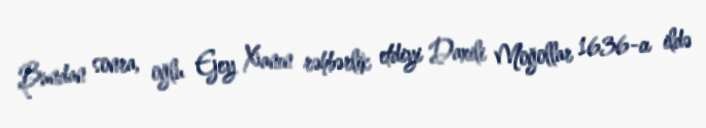
Bundan sonra, oğlu Ejey Xanın rəhbərlik etdiyi Daxili Moğollar 1636-cı ildə